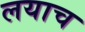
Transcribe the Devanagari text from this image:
लयाच